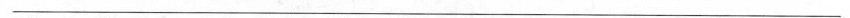
___